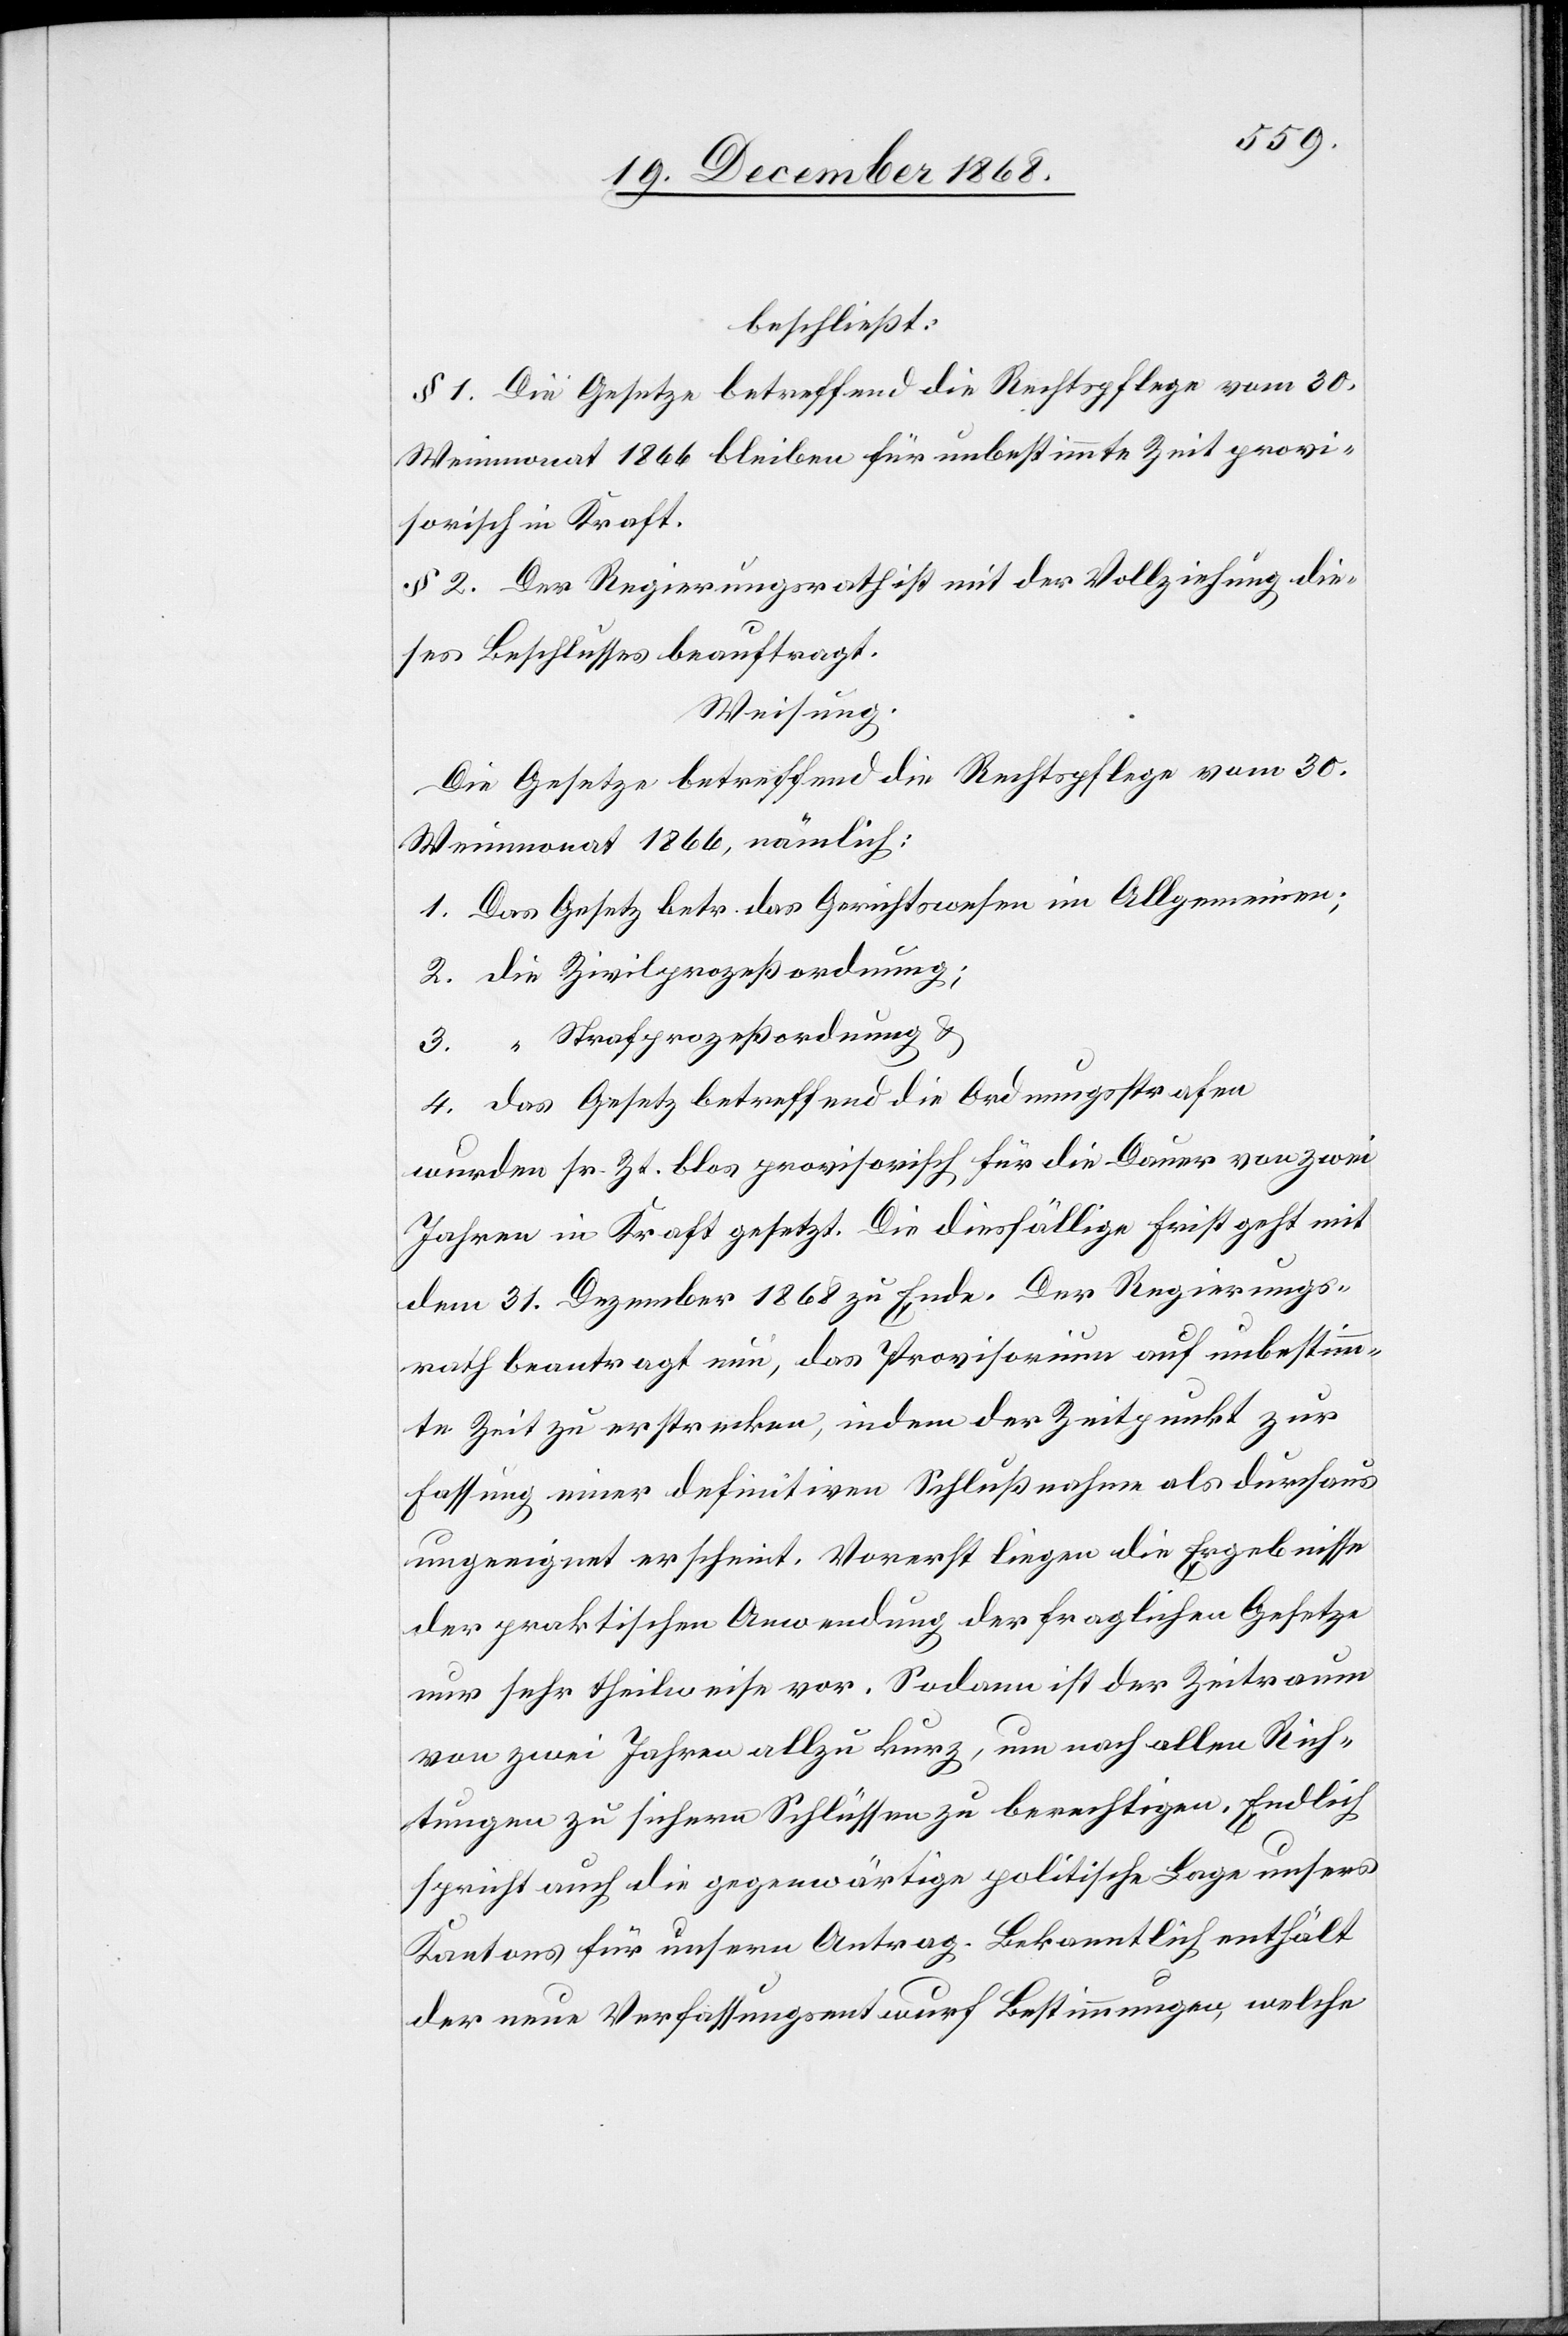
beschließt:
§ 1. Die Gesetze betreffend die Rechtspflege vom 30.
Weinmonat 1866 bleiben für unbestimmte Zeit provi¬
sorisch in Kraft.
§ 2. Der Regierungsrath ist mit der Vollziehung die¬
ses Beschlusses beauftragt.
Weisung.
Die Gesetze betreffend die Rechtspflege vom 30.
Weinmonat 1866, nämlich:
1. Das Gesetz betr. das Gerichtswesen im Allgemeinen;
2. die Zivilprozeßordnung;
3. “ Strafprozeßordnung &
4. das Gesetz betreffend die Ordnungsstrafen
wurden sr. Zt. blos provisorisch für die Dauer von zwei
Jahren in Kraft gesetzt. Die diesfällige Frist geht mit
dem 31. Dezember 1868 zu Ende. Der Regierungs¬
rath beantragt nun, das Provisorium auf unbestimm¬
te Zeit zu erstrecken, indem der Zeitpunkt zur
Fassung einer definitiven Schlußnahme als durchaus
ungeeignet erscheint. Vorerst liegen die Ergebnisse
der praktischen Anwendung der fraglichen Gesetze
nur sehr theilweise vor. Sodann ist der Zeitraum
von zwei Jahren allzu kurz, um nach allen Rich¬
tungen zu sichern Schlüssen zu berechtigen. Endlich
spricht auch die gegenwärtige politische Lage unsers
Kantons für unsern Antrag. Bekanntlich enthält
der neue Verfassungsentwurf Bestimmungen, welche